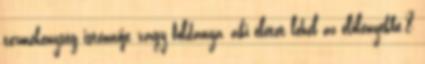
termékenység istennője, vagy földanya, aki életet lehel az élőlényekbe.8